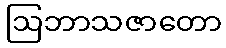
ဩဘာသဇာတော